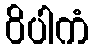
ဝိပါကံ